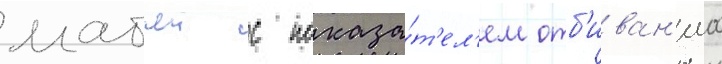
матчеи с показа́т'ел'ем отб'иван'иа